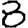
Digit: 8